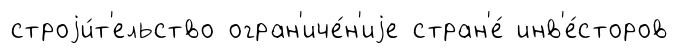
строjи́т'ельство огран'иче́н'иjе стран'е́ инв'е́сторов